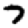
Digit: 7